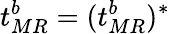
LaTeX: t_{MR}^{b}=(t_{MR}^{b})^{*}